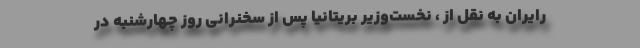
رایران به نقل از ، نخست‌وزیر بریتانیا پس از سخنرانی روز چهارشنبه در